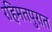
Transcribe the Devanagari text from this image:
रहिमतपुरात